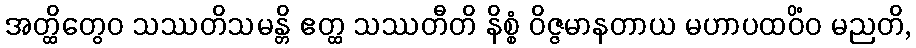
အတ္ထိတွေဝ သဿတိသမန္တိ ဧတ္ထ သဿတီတိ နိစ္စံ ဝိဇ္ဇမာနတာယ မဟာပထဝိံဝ မညတိ,